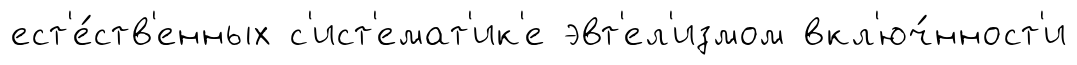
ест'е́ств'енных с'ист'емат'ик'е эвт'ел'измом вкл'юч́нност'и